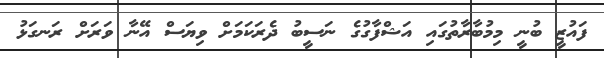
ފައުޒީ ބުނީ މިމުބާރާތުގައި އަޝްފާގުގެ ނަސީބު ދެރަކަމަށް ވިޔަސް އޭނާ ވަރަށް ރަނގަޅު